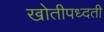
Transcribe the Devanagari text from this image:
खोतीपध्दती